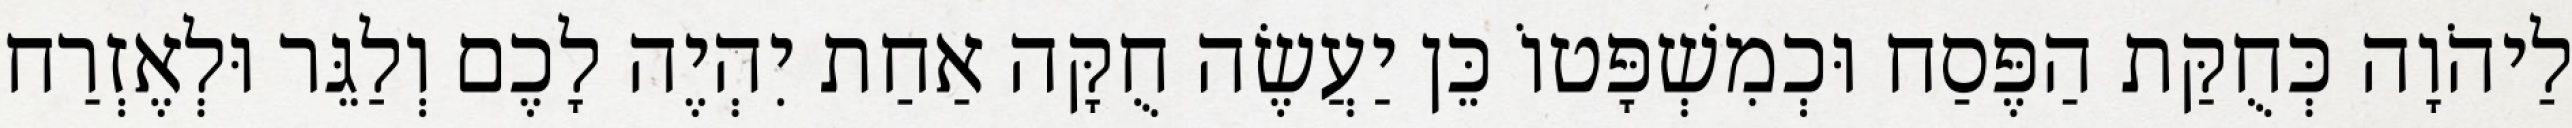
לַיהֹוָה כְּחֻקַּת הַפֶּסַח וּכְמִשְׁפָּטוֹ כֵּן יַעֲשֶׂה חֻקָּה אַחַת יִהְיֶה לָכֶם וְלַגֵּר וּלְאֶזְרַח